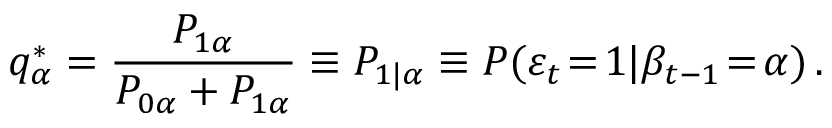
q _ { \alpha } ^ { * } = \frac { P _ { 1 \alpha } } { P _ { 0 \alpha } + P _ { 1 \alpha } } \equiv P _ { 1 | \alpha } \equiv P ( \varepsilon _ { t } \! = \! 1 | \beta _ { t - 1 } \! = \! \alpha ) \, .